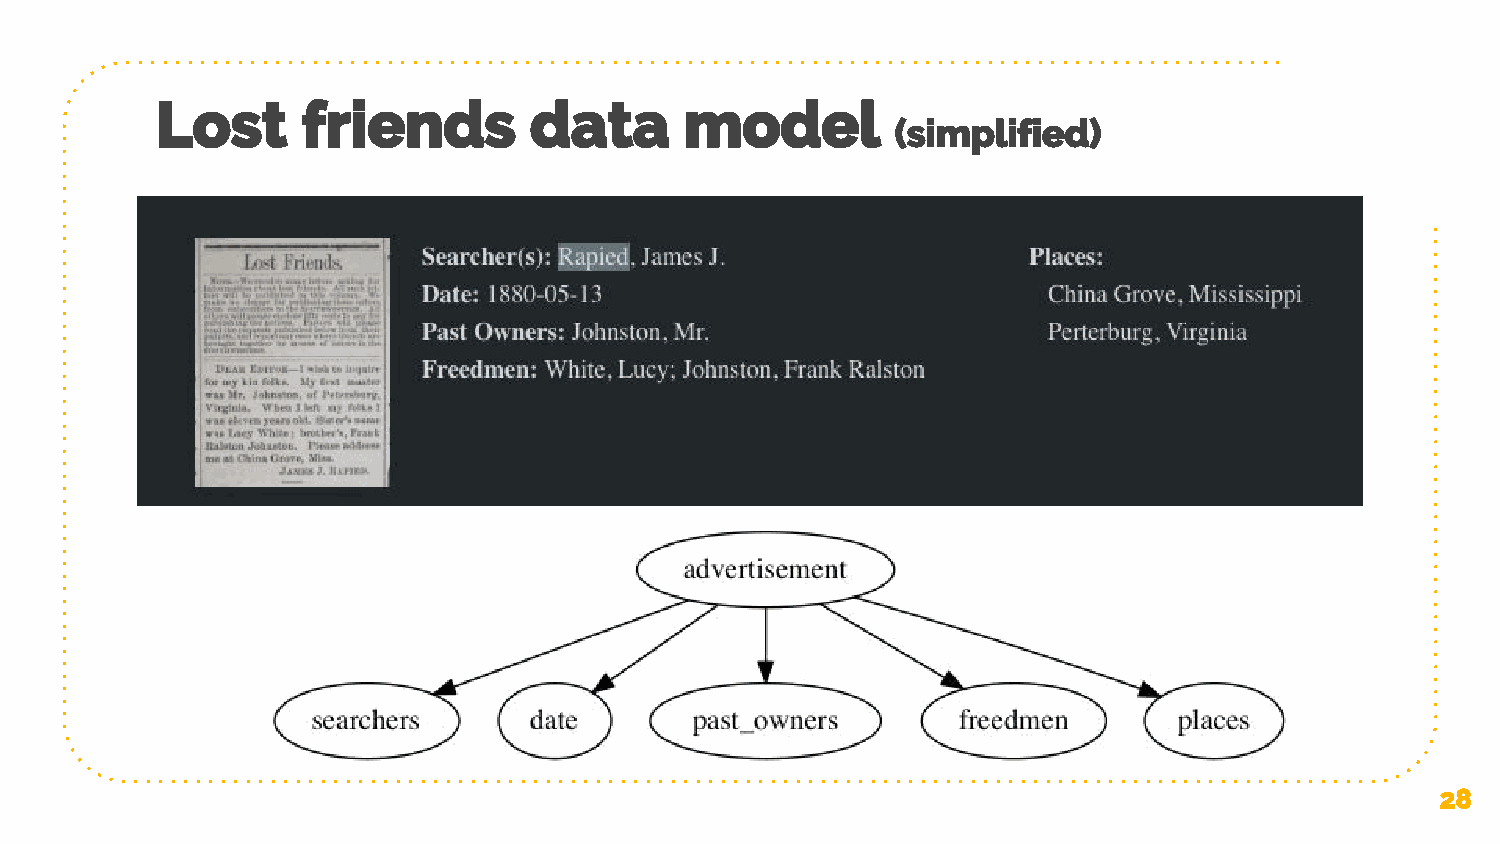
Lost      friends        data      model
 (simplified)
 28